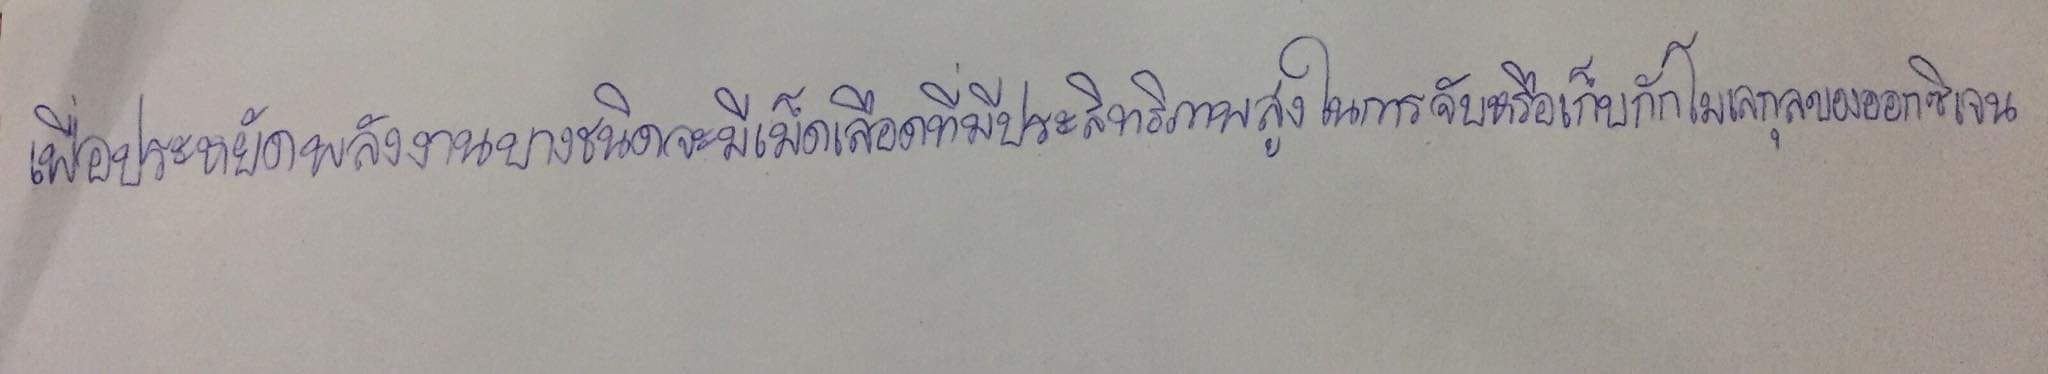
เพื่อประหยัดพลังงานบางชนิดจะมีเม็ดเลือดที่มีประสิทธิภาพสูงในการจับหรือเก็บกักโมเลกุลของออกซิเจน